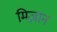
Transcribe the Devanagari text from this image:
मिज़ान